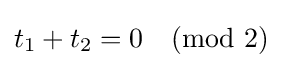
t_{1}+t_{2}=0{\pmod {2}}